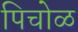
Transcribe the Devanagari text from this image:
पिचोळ